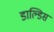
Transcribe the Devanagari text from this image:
डाल्डिस